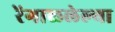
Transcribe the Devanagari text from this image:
रेंगाळलेल्या